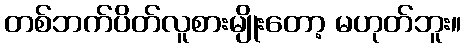
တစ်ဘက်ပိတ်လူစားမျိုးတော့ မဟုတ်ဘူး။